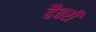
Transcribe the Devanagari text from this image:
दैवरी